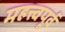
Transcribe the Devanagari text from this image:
महत्त्वपूर्व